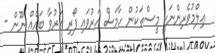
ޢިލްމުވެރިންނަކީ މީސްތަކުން ހާމަސް އަރުވައި ފޯރި އަރުވާ ބައެއް ނޫން -